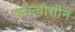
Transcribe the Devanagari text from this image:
कॉल्चीसीन